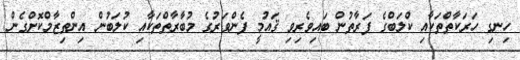
ހިނގި ހަރަކާތްތަކާއި ކްލަބްގެ ފަރާތުން ބައިވެރިވި ޤައުމީ ފެންވަރުގެ މުބާރާތްތަކާއި ކުލަބުން އިންތިޒާމްކޮށްގެން